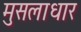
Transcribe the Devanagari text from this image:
मुसलाधार